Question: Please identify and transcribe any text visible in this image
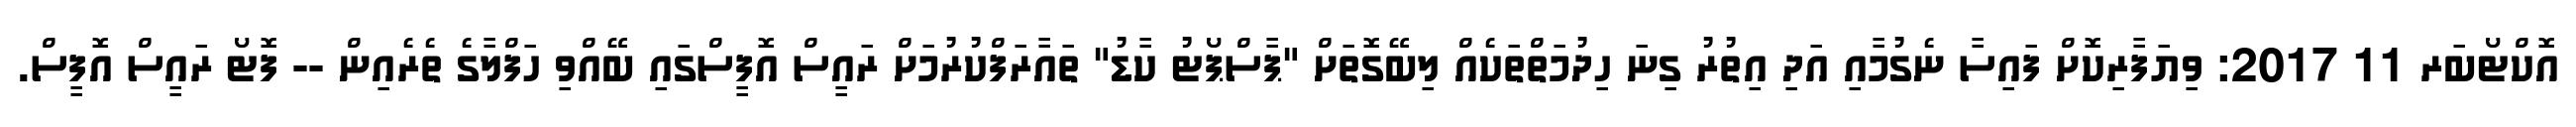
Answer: އޮކްޓޯބަރ 11 2017: ވިޔަފާރިކޮށް ފައިސާ ނެގުމާއި އަދި އިތުރު ގިނަ ހިދުމަތްތަކެއް ލިބޭގޮތަށް "ޕާސްޕޯޓު ކާޑު" ތައާރަފްކުރުމަށް ރައީސް އޮފީސްގައި ބޭއްވި ހަފްލާގެ ތެރެއިން -- ފޮޓޯ ރައީސް އޮފީސް.